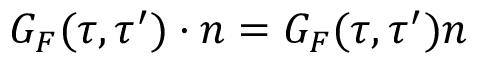
{ \cal G } _ { F } ( \tau , \tau ^ { \prime } ) \cdot n = G _ { F } ( \tau , \tau ^ { \prime } ) n